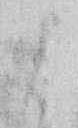
よ